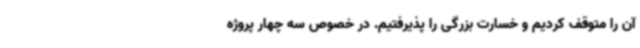
آن را متوقف کردیم و خسارت بزرگی را پذیرفتیم. در خصوص سه چهار پروژه